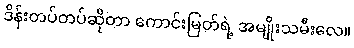
ဒိန်းတပ်တပ်ဆိုတာ ကောင်းမြတ်ရဲ့ အမျိုးသမီးလေ။